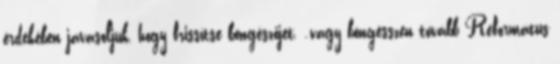
érdekében javasoljuk, hogy frissítse böngészőjét. .vagy böngésszen tovább Református